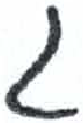
אות: ג